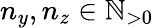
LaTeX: n_{y},n_{z}\in\mathbb{N}_{>0}